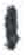
אות: י